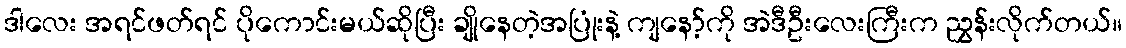
ဒါလေး အရင်ဖတ်ရင် ပိုကောင်းမယ်ဆိုပြီး ချိုနေတဲ့အပြုံးနဲ့ ကျနော့်ကို အဲဒီဦးလေးကြီးက ညွှန်းလိုက်တယ်။